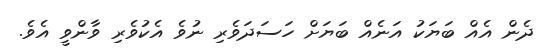
ދެން އެއް ބަޔަކު އަނެއް ބަޔަށް ހަސަދަވެރި ނުވެ އެކުވެރި ވާންވީ އެވެ.